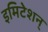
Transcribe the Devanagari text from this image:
इमिटेशन्